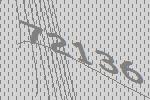
72136